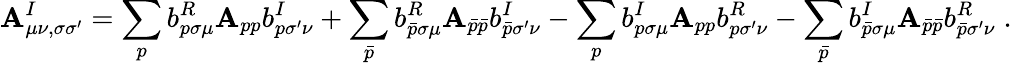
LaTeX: \mathbf{A}_{\mu\nu,\sigma\sigma^{\prime}}^{I}=\sum_{p}b_{p\sigma\mu}^{R}\mathbf{A}_{pp}b_{p\sigma^{\prime}\nu}^{I}+\sum_{\bar{{p}}}b_{\bar{{p}}\sigma\mu}^{R}\mathbf{A}_{\bar{{p}}\bar{{p}}}b_{\bar{{p}}\sigma^{\prime}\nu}^{I}-\sum_{p}b_{p\sigma\mu}^{I}\mathbf{A}_{pp}b_{p\sigma^{\prime}\nu}^{R}-\sum_{\bar{{p}}}b_{\bar{{p}}\sigma\mu}^{I}\mathbf{A}_{\bar{{p}}\bar{{p}}}b_{\bar{{p}}\sigma^{\prime}\nu}^{R}\; .